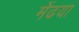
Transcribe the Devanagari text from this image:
मेंढया